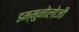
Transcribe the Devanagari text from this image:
इम्मुनोलोजी